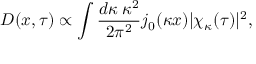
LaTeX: D ( x , \tau ) \propto \int \frac { d \kappa \: \kappa ^ { 2 } } { 2 \pi ^ { 2 } } j _ { 0 } ( \kappa x ) | \chi _ { \kappa } ( \tau ) | ^ { 2 } ,